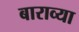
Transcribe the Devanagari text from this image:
बाराव्‍या